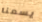
يسعنا